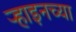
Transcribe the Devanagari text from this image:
र्‍हाइनच्या